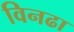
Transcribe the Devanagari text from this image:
विनढा